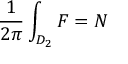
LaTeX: \frac { 1 } { 2 \pi } \int _ { D _ { 2 } } F = N